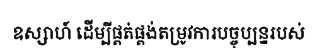
ឧស្សាហ៍ ដើម្បីផ្គត់ផ្គង់តម្រូវការបច្ចុប្បន្នរបស់